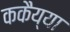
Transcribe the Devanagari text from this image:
ककैय्या